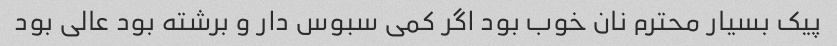
پیک بسیار محترم نان خوب بود اگر کمی سبوس دار و برشته بود عالی بود